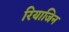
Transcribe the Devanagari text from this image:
रियाजिन